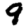
Digit: 9